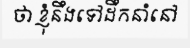
ថា ខ្ញុំនឹងទៅដឹកនាំនៅ